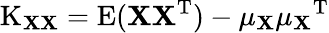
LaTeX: \operatorname{K}_{\mathbf{X}\mathbf{X}}=\operatorname{E}(\mathbf{XX^{\mathrm{{T}}}})-\mathbf{\mu_{X}}\mathbf{\mu_{X}}^{\mathrm{{T}}}